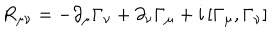
LaTeX: R _ { \mu \nu } = - \partial _ { \mu } \Gamma _ { \nu } + \partial _ { \nu } \Gamma _ { \mu } + i \left[ \Gamma _ { \mu } , \Gamma _ { \nu } \right]